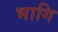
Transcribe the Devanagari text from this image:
भागि